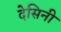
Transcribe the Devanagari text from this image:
देसिनी